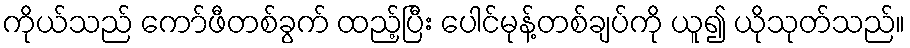
ကိုယ်သည် ကော်ဖီတစ်ခွက် ထည့်ပြီး ပေါင်မုန့်တစ်ချပ်ကို ယူ၍ ယိုသုတ်သည်။